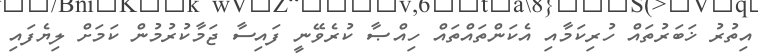
އިތުރު ޚަބަރުތައް ހުރިކަމާއި އެކަންތައްތައް ހިއްޞާ ކުރެވޭނީ ފައިސާ ޖަމާކުރުމުން ކަމަށް ލިޔެފައި